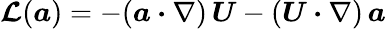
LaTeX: \boldsymbol{\mathcal{L}}(\boldsymbol{a})=-(\boldsymbol{a}\boldsymbol{\cdot}\nabla)\, \boldsymbol{U}-(\boldsymbol{U}\boldsymbol{\cdot}\nabla)\, \boldsymbol{a}